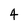
Character: 4